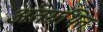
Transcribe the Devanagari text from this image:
अंतग्रंथित